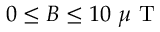
0 \leq B \leq 1 0 ~ \mu \mathrm { ~ T ~ }